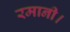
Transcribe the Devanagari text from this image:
रमानी।